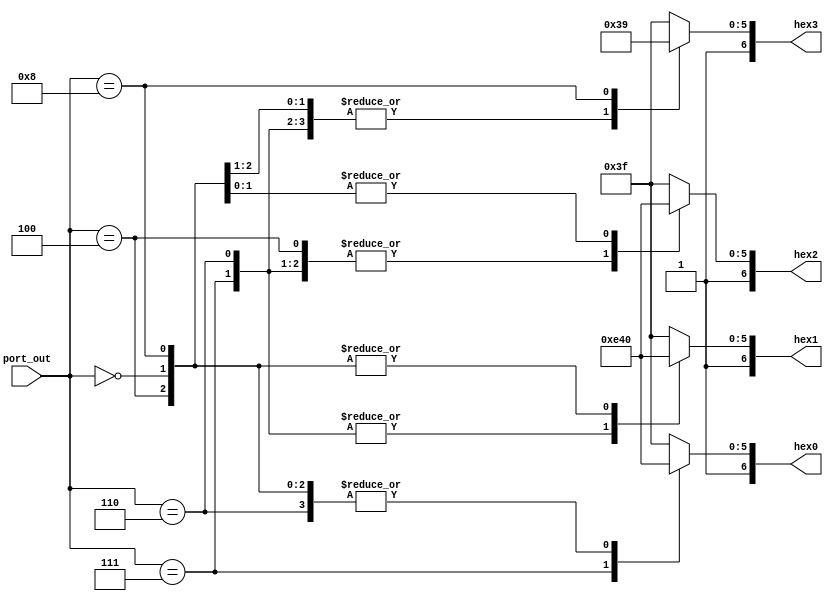
module decoder(

	input [3:0] port_out, 
	
	output reg[6:0] hex3,
	
	output reg[6:0] hex2,
	
	output reg[6:0] hex1,
	
	output reg[6:0] hex0
	
);
	
	
	always @(*) begin
	
		case(port_out)
		
			4'b0111:
			begin
						hex3 <= 7'b1000000;
						hex2 <= 7'b1111001;
						hex1 <= 7'b1111001;
						hex0 <= 7'b1111001;
			end
			
			4'b0110:
			begin
						hex3 <= 7'b1000000;
						hex2 <= 7'b1111001;
						hex1 <= 7'b1111001;
						hex0 <= 7'b1000000;
			end
			
			4'b0100:
			begin
						hex3 <= 7'b1000000;
						hex2 <= 7'b1111001;
						hex1 <= 7'b1000000;
						hex0 <= 7'b1000000;
			end
			
			4'b0000:
			begin
						hex3 <= 7'b1000000;
						hex2 <= 7'b1000000;
						hex1 <= 7'b1000000;
						hex0 <= 7'b1000000;
			end
			
			4'b1000:
			begin
						hex3 <= 7'b1111001;
						hex2 <= 7'b1000000;
						hex1 <= 7'b1000000;
						hex0 <= 7'b1000000;
			end
			
			default:
			begin
						hex3 <= 7'b1111111;
						hex2 <= 7'b1111111;
						hex1 <= 7'b1111111;
						hex0 <= 7'b1111111;
			end
			
		endcase
	
	end
	
endmodule